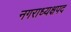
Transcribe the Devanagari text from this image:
नगराध्यक्षपद